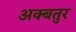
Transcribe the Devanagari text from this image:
अक्बतुर